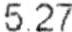
5.27